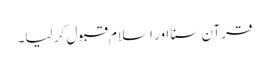
قرآن سنا اور اسلام قبول کر لیا۔